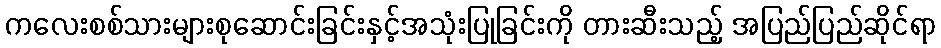
ကလေးစစ်သားများစုဆောင်းခြင်းနှင့်အသုံးပြုခြင်းကို တားဆီးသည့် အပြည်ပြည်ဆိုင်ရာ